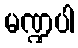
မဏ္ဍပါ